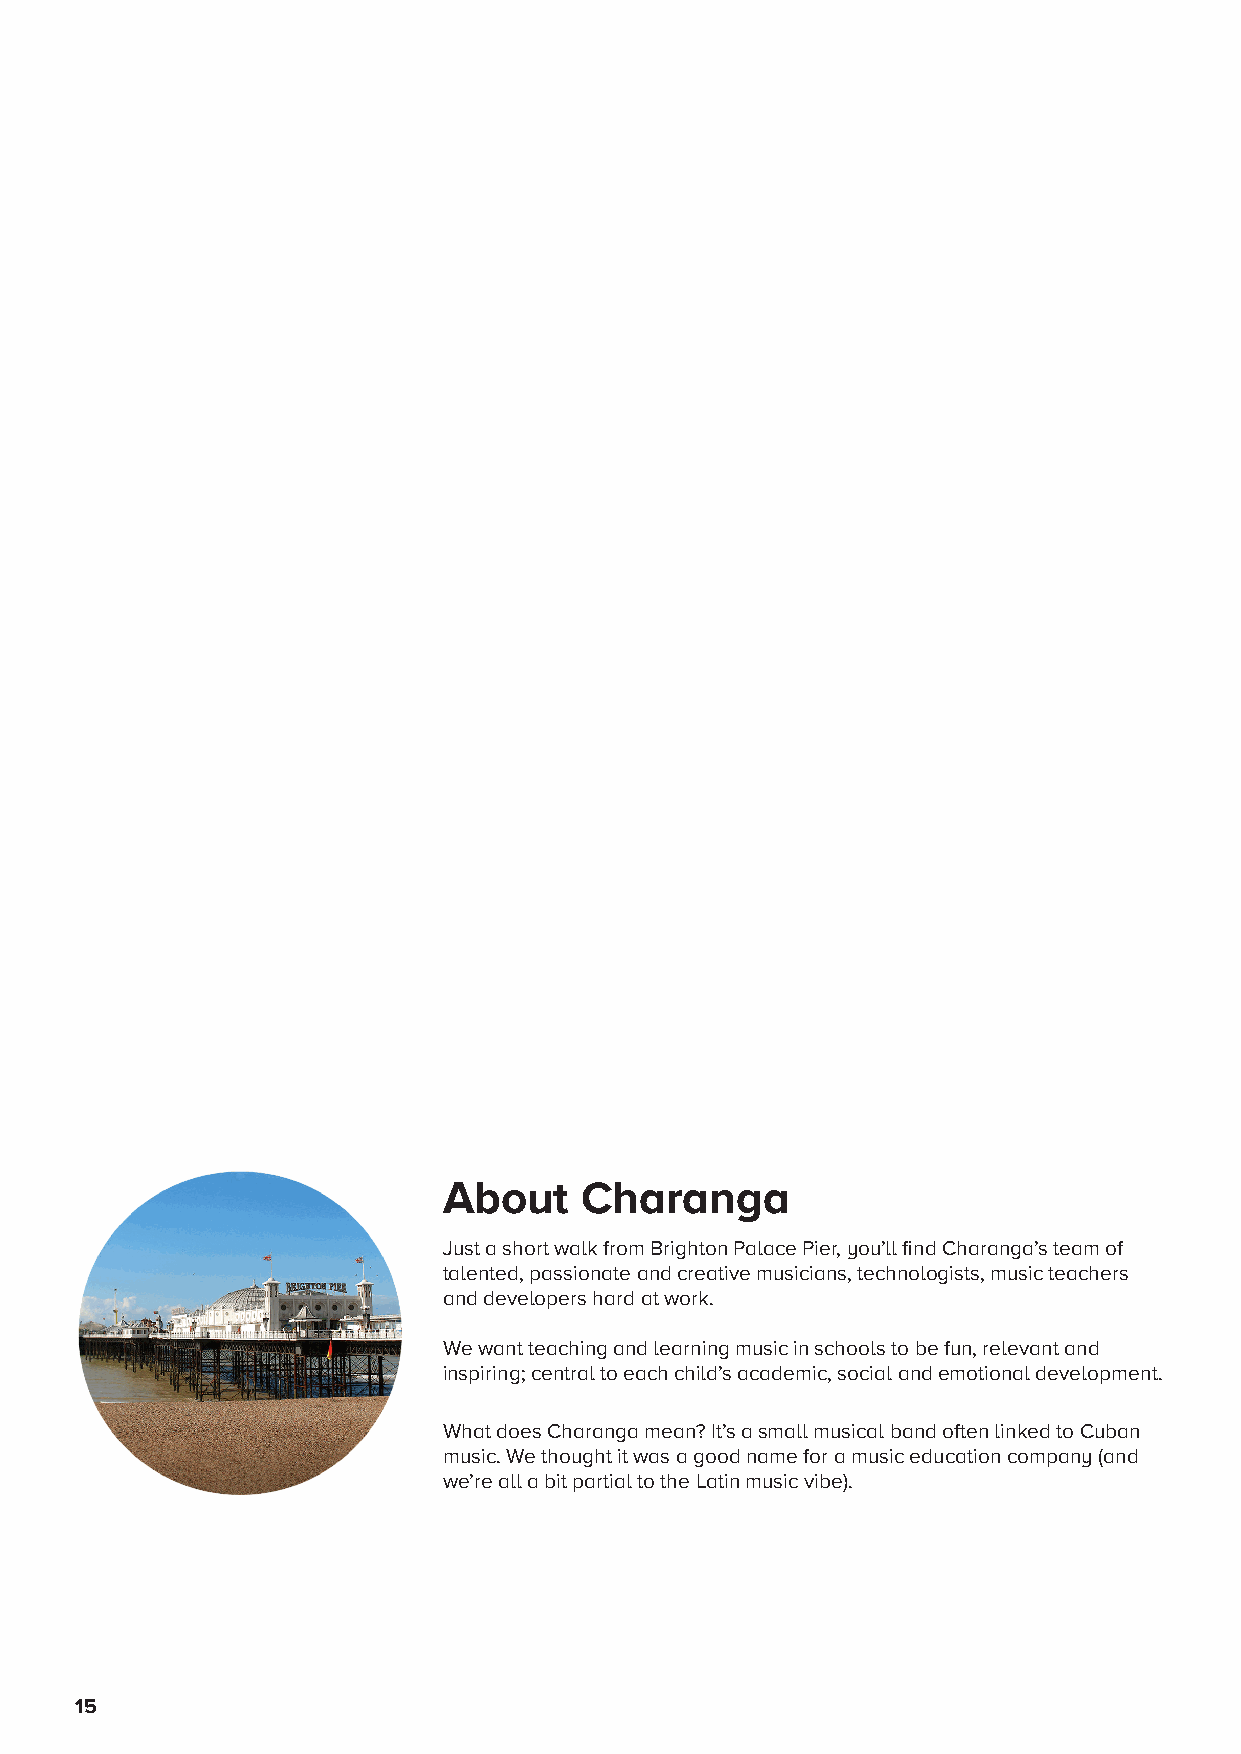
About    Charanga
 Just a short walk from Brighton Palace Pier, you’ll find Charanga’s team of
 talented, passionate and creative musicians, technologists, music teachers
 and developers hard at work.
 We want teaching and learning music in schools to be fun, relevant and
 inspiring; central to each child’s academic, social and emotional development.
 What does Charanga mean? It’s a small musical band often linked to Cuban
 music. We thought it was a good name for a music education company (and
 we’re all a bit partial to the Latin music vibe).
 15